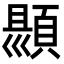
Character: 𮨑